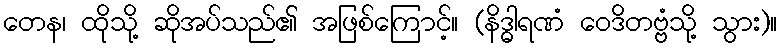
တေန၊ ထိုသို့ ဆိုအပ်သည်၏ အဖြစ်ကြောင့်။ (နိဒ္ဓါရဏံ ဝေဒိတဗ္ဗံသို့ သွား)။